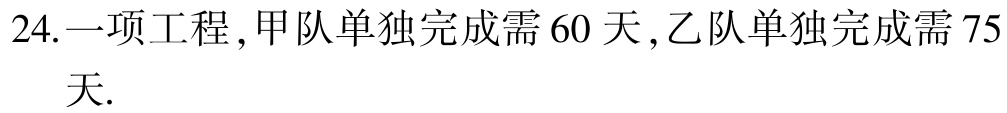
24. 一项工程，甲队单独完成需 60 天，乙队单独完成需 75 天.